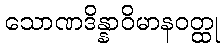
သောဏဒိန္နာဝိမာနဝတ္ထု